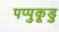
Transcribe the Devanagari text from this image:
पप्पुकूडु